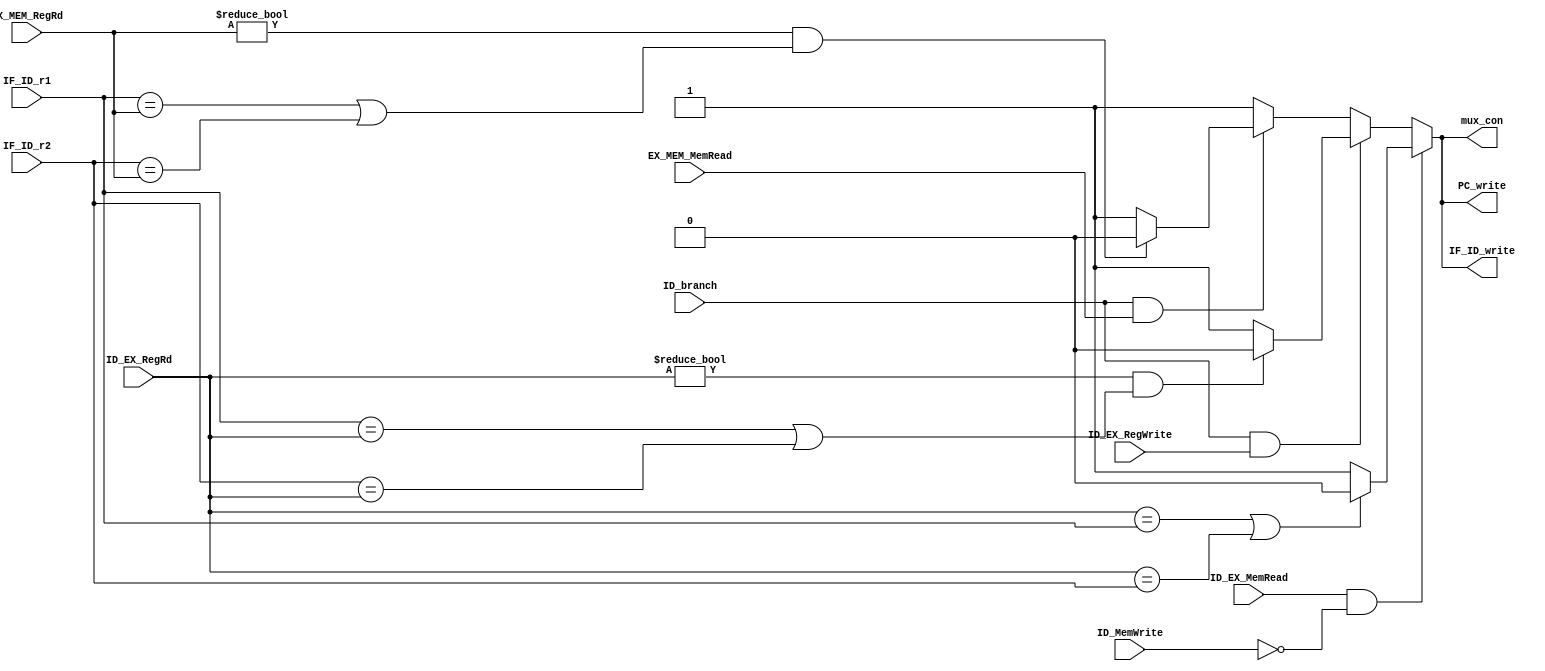
`timescale 1ns / 1ps
//////////////////////////////////////////////////////////////////////////////////
// Company: 
// Engineer: 
// 
// Design Name: 
// Module Name: Hazard
// Project Name: 
// Target Devices: 
// Tool Versions: 
// Description: 
// 
// Dependencies: 
// 
// Revision:
// Revision 0.01 - File Created
// Additional Comments:
// 
//////////////////////////////////////////////////////////////////////////////////


module Hazard
(
    input [4:0] IF_ID_r1,
    input [4:0] IF_ID_r2,
    input [4:0] ID_EX_RegRd,
    input [4:0] EX_MEM_RegRd,
    input ID_EX_MemRead,
    input EX_MEM_MemRead,
    input ID_branch,//for b_type hazard
    input ID_MemWrite,
    input ID_EX_RegWrite,
    output reg PC_write, IF_ID_write, mux_con 
    );

    initial begin
        PC_write=1'b1; 
        IF_ID_write=1'b1; 
        mux_con=1'b1;
    end

    always @(*) begin 
        if (ID_EX_MemRead && !ID_MemWrite) begin//LW HAZARD
            if (ID_EX_RegRd == IF_ID_r1 || ID_EX_RegRd == IF_ID_r2) begin
                PC_write=1'b0; 
                IF_ID_write=1'b0; 
                mux_con=1'b0;
            end
            else begin
                PC_write=1'b1; 
                IF_ID_write=1'b1; 
                mux_con=1'b1;
            end  
        end
        else if (ID_branch && ID_EX_RegWrite) begin//BEQ HAZARD FOR R/LW 
            if ((ID_EX_RegRd!=0) && (IF_ID_r1 == ID_EX_RegRd || IF_ID_r2 == ID_EX_RegRd)) begin
                PC_write=1'b0; 
                IF_ID_write=1'b0;
                mux_con=1'b0;
            end
            else begin
                PC_write=1'b1; 
                IF_ID_write=1'b1;
                mux_con=1'b1;
            end  
        end
        else if (ID_branch && EX_MEM_MemRead) begin//BEQ HAZARD FOR LW (ADD THE SECOND NOP)
            if ((EX_MEM_RegRd!=0) && (IF_ID_r1 == EX_MEM_RegRd || IF_ID_r2 == EX_MEM_RegRd)) begin
                PC_write=1'b0; 
                IF_ID_write=1'b0;
                mux_con=1'b0;
            end
            else begin
                PC_write=1'b1; 
                IF_ID_write=1'b1;
                mux_con=1'b1;
            end  
        end
        else begin
            PC_write=1'b1; 
            IF_ID_write=1'b1; 
            mux_con=1'b1;
        end
    end
endmodule